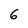
Character: 6